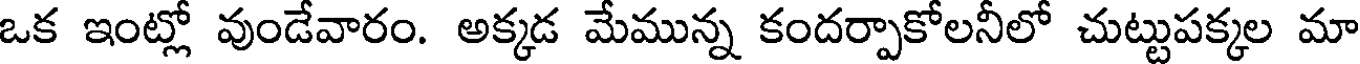
ఒక ఇంట్లో వుండేవారం. అక్కడ మేమున్న కందర్పాకోలనీలో చుట్టుపక్కల మా